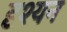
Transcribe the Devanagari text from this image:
दृश्यन